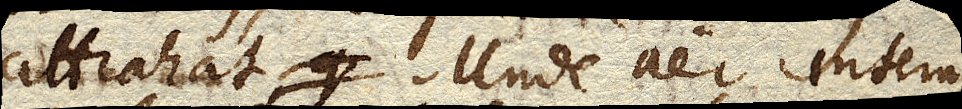
attrahat. Unde aer internus